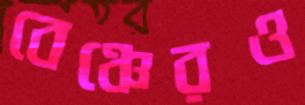
বেঞ্চেরও